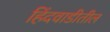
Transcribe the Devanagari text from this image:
हिंदवाडीतील